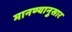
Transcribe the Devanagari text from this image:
मानण्यानुसार